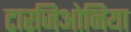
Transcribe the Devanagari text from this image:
टारजिओनिया